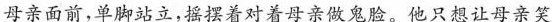
母亲面前，单脚站立，摇摆着对母亲做鬼脸。他只想让母亲笑